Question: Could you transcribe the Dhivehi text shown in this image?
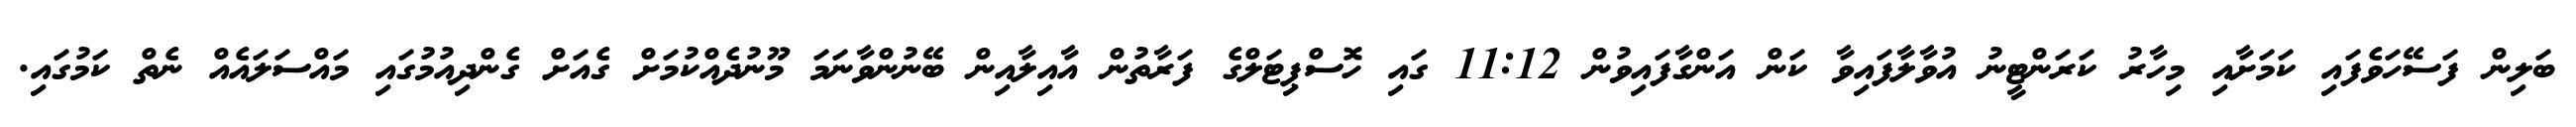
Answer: ބަލިން ފަސޭހަވެފައި ކަމަށާއި މިހާރު ކަރަންޓީނު އުވާލާފައިވާ ކަން އަންގާފައިވުން 11:12 ގައި ހޮސްޕިޓަލްގެ ފަރާތުން އާއިލާއިން ބޭނުންވާނަމަ މޫނުދެއްކުމަށް ގެއަށް ގެންދިއުމުގައި މައްސަލައެއް ނެތް ކަމުގައި.